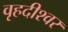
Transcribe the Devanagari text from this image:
वृहदीश्‍वर